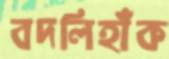
বদলিহাঁক